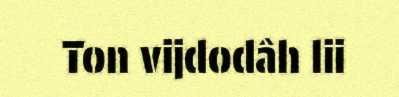
Ton vijdodâh lii